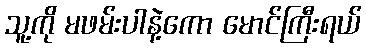
သူ့ကို မဖမ်းပါနဲ့ကော မောင်ကြီးရယ်